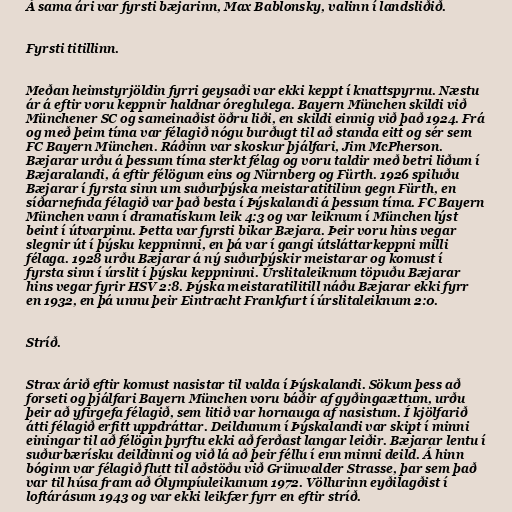
Á sama ári var fyrsti bæjarinn, Max Bablonsky, valinn í landsliðið.

Fyrsti titillinn.

Meðan heimstyrjöldin fyrri geysaði var ekki keppt í knattspyrnu. Næstu
ár á eftir voru keppnir haldnar óreglulega. Bayern München skildi við
Münchener SC og sameinaðist öðru liði, en skildi einnig við það 1924. Frá
og með þeim tíma var félagið nógu burðugt til að standa eitt og sér sem
FC Bayern München. Ráðinn var skoskur þjálfari, Jim McPherson.
Bæjarar urðu á þessum tíma sterkt félag og voru taldir með betri liðum í
Bæjaralandi, á eftir félögum eins og Nürnberg og Fürth. 1926 spiluðu
Bæjarar í fyrsta sinn um suðurþýska meistaratitilinn gegn Fürth, en
síðarnefnda félagið var það besta í Þýskalandi á þessum tíma. FC Bayern
München vann í dramatískum leik 4:3 og var leiknum í München lýst
beint í útvarpinu. Þetta var fyrsti bikar Bæjara. Þeir voru hins vegar
slegnir út í þýsku keppninni, en þá var í gangi útsláttarkeppni milli
félaga. 1928 urðu Bæjarar á ný suðurþýskir meistarar og komust í
fyrsta sinn í úrslit í þýsku keppninni. Úrslitaleiknum töpuðu Bæjarar
hins vegar fyrir HSV 2:8. Þýska meistaratilitill náðu Bæjarar ekki fyrr
en 1932, en þá unnu þeir Eintracht Frankfurt í úrslitaleiknum 2:0.

Stríð.

Strax árið eftir komust nasistar til valda í Þýskalandi. Sökum þess að
forseti og þjálfari Bayern München voru báðir af gyðingaættum, urðu
þeir að yfirgefa félagið, sem litið var hornauga af nasistum. Í kjölfarið
átti félagið erfitt uppdráttar. Deildunum í Þýskalandi var skipt í minni
einingar til að félögin þyrftu ekki að ferðast langar leiðir. Bæjarar lentu í
suðurbærísku deildinni og við lá að þeir féllu í enn minni deild. Á hinn
bóginn var félagið flutt til aðstöðu við Grünwalder Strasse, þar sem það
var til húsa fram að Ólympíuleikunum 1972. Völlurinn eyðilagðist í
loftárásum 1943 og var ekki leikfær fyrr en eftir stríð.